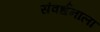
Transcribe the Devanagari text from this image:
संवर्धनाला